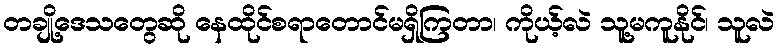
တချို့ဒေသတွေဆို နေထိုင်စရာတောင်မရှိကြတာ၊ ကိုယ့်လဲ သူ့မကူနိုင်၊ သူလဲ